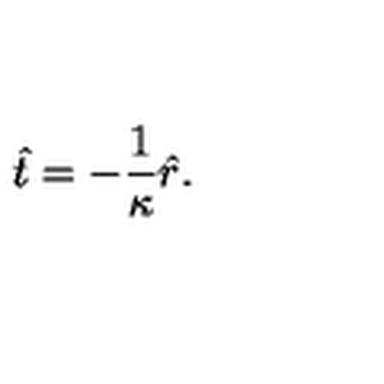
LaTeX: \hat { t } = - \frac { 1 } { \kappa } \hat { r } .